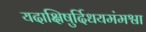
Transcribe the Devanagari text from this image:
यदाक्षिषुर्दिधयमंमश्वा